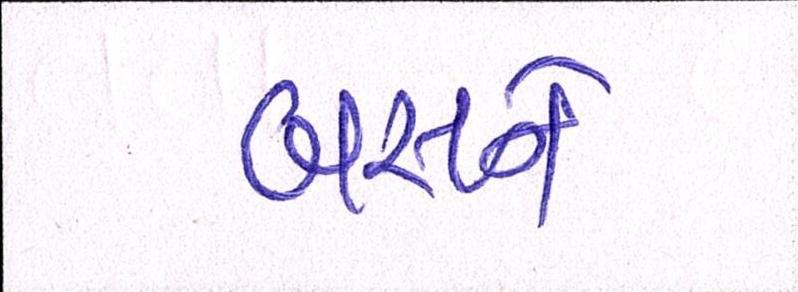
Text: બસને